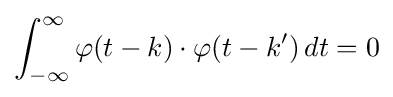
\int _{-\infty }^{\infty }\varphi (t-k)\cdot \varphi (t-k')\,dt=0